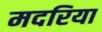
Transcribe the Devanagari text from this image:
मदरिया